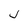
Character: J